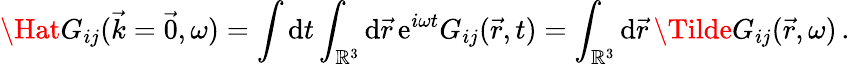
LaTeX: \Hat{G}_{ij}(\vec{k}=\vec{0},\omega)=\int\mathrm{d}t\int_{\mathbb{R}^{3}}\mathrm{d}\vec{r}\, \mathrm{e}^{i\omega t}G_{ij}(\vec{r},t)=\int_{\mathbb{R}^{3}}\mathrm{d}\vec{r}\, \Tilde{G_{ij}}(\vec{r},\omega)\, .